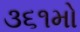
૩૬૧મો